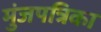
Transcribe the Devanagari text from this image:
मुंजपत्रिका